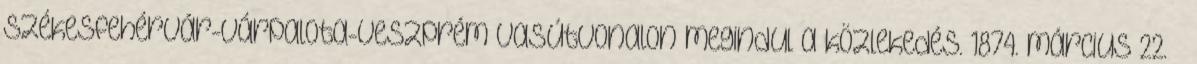
Székesfehérvár-Várpalota-Veszprém vasútvonalon megindul a közlekedés. 1874. március 22. –